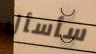
سأسأل